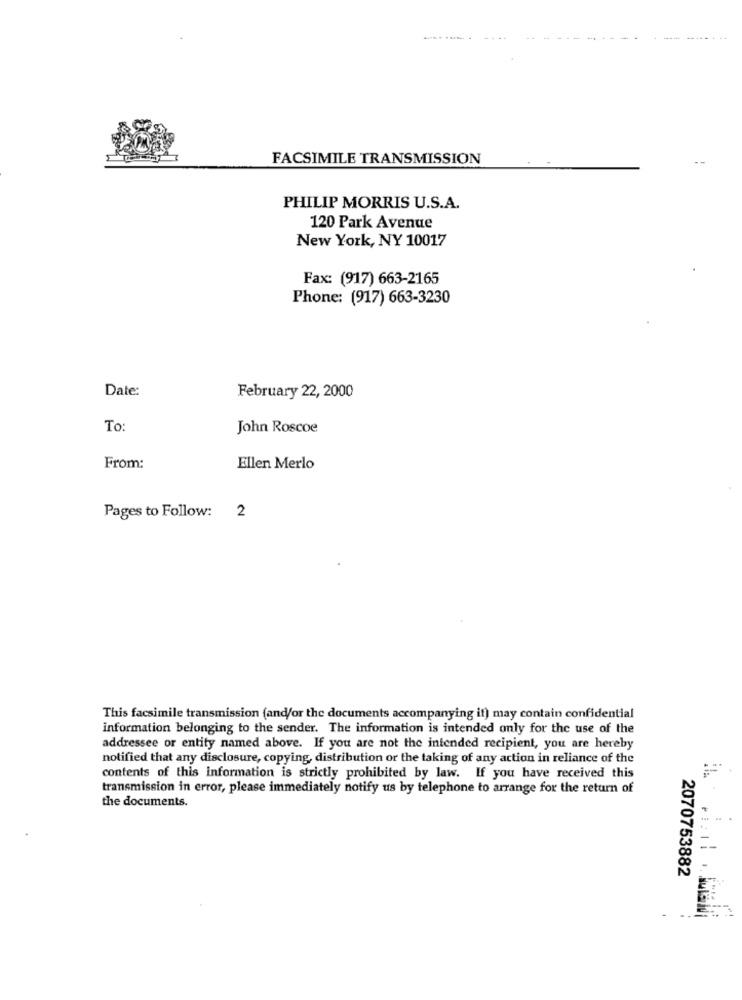
-....
FACSIMILE TRANSMISSION
PHILIP MORRIS U.S.A.
120 Park Avenue
New York, NY 10017
Fax: (917) 663-2165
Phone: (917) 663-3230
Date:
February 22, 2000
To:
John Roscoe
From:
Ellen Merlo
Pages to Follow: 2
This facsimile transmission (and/or the documents accompanying it) may contain confidential
information belonging to the sender. The information is intended only for the use of the
addressee or entity named above. If you are not the intended recipient, you are hereby
notified that any disclosure, copying, distribution or the taking of any action in reliance of the
contents of this information is strictly prohibited by law. If you have received this
transmission in error, please immediately notify us by telephone to arrange for the return of
the documents.
2070753882